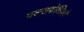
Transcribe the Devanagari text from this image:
पल्सपोलिओ